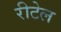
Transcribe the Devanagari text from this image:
रीटेल